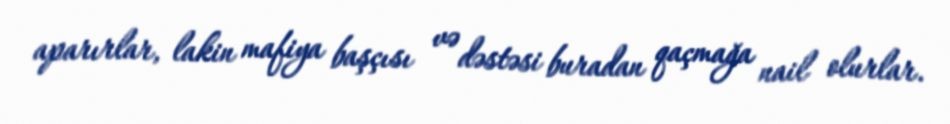
aparırlar, lakin mafiya başçısı və dəstəsi buradan qaçmağa nail olurlar.